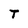
Character: T